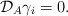
\begin{align*}{\cal {D}}_{A}\gamma_{i}= 0 . \end{align*}